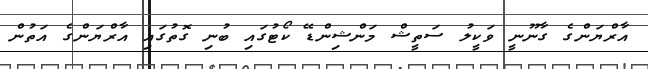
އާރްޔަންގެ ގާނޫނީ ވަކީލު ސަތީޝް މަންޝިންޑޭ ކޯޓުގައި ބުނި ގޮތުގައި އާރްޔަންގެ އަތުން